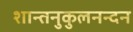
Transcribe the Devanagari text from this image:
शान्तनुकुलनन्दन